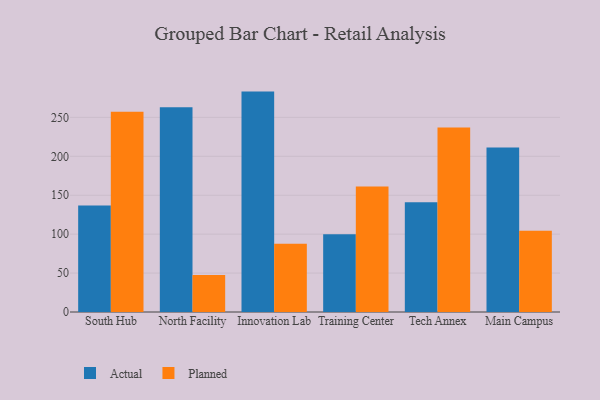
{"axis": {"x": "Campus", "y": "Operating Costs (USD K)"}, "legend": ["Actual", "Planned"], "data": [{"x": "South Hub", "y": 136.7, "type": "Actual"}, {"x": "South Hub", "y": 257.3, "type": "Planned"}, {"x": "North Facility", "y": 263.0, "type": "Actual"}, {"x": "North Facility", "y": 47.6, "type": "Planned"}, {"x": "Innovation Lab", "y": 283.1, "type": "Actual"}, {"x": "Innovation Lab", "y": 87.6, "type": "Planned"}, {"x": "Training Center", "y": 100.0, "type": "Actual"}, {"x": "Training Center", "y": 161.2, "type": "Planned"}, {"x": "Tech Annex", "y": 141.1, "type": "Actual"}, {"x": "Tech Annex", "y": 237.1, "type": "Planned"}, {"x": "Main Campus", "y": 211.2, "type": "Actual"}, {"x": "Main Campus", "y": 104.4, "type": "Planned"}]}